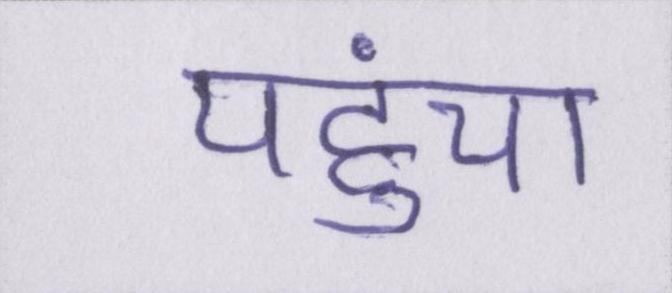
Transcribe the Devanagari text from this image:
पहुंचा